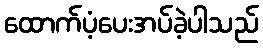
ထောက်ပံ့ပေးအပ်ခဲ့ပါသည်